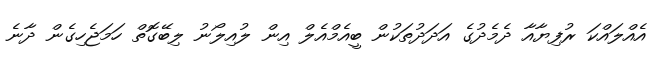
އެއްލައްކަ ރުފިޔާއާ ދެމެދުގެ އަދަދުތަކުން ބީއެމްއެލް އިން ލުއިލޯނު ލިބޭގޮތް ހަމަޖެހިގެން ދާނެ